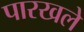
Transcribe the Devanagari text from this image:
पारखले